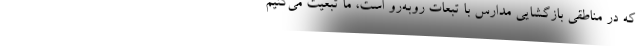
که در مناطقی بازگشایی مدارس با تبعات روبه‌رو است، ما تبعیت می‌کنیم